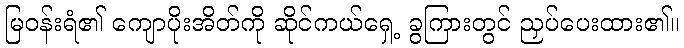
မြဝန်းရံ၏ ကျောပိုးအိတ်ကို ဆိုင်ကယ်ရှေ့ ခွကြားတွင် ညှပ်ပေးထား၏။